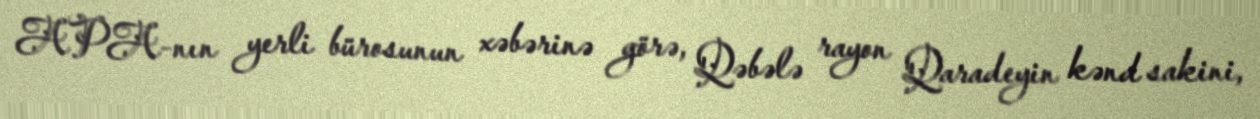
APA-nın yerli bürosunun xəbərinə görə, Qəbələ rayon Qaradeyin kənd sakini,